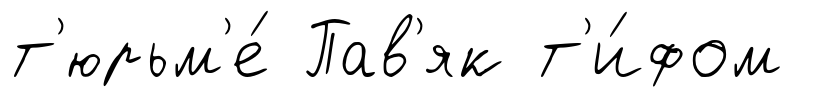
т'юрьм'е́ Пав'як т'и́фом